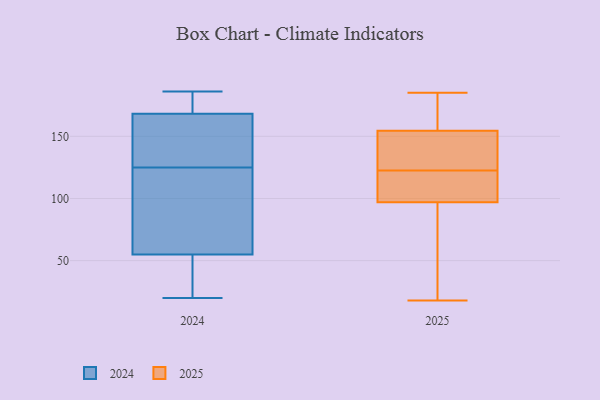
{"axis": {"x": "Temperature (°C)", "y": "Value"}, "legend": ["2024", "2025"], "data": [{"x": "", "y": 137, "type": "2024"}, {"x": "", "y": 49, "type": "2024"}, {"x": "", "y": 42, "type": "2024"}, {"x": "", "y": 174, "type": "2024"}, {"x": "", "y": 138, "type": "2024"}, {"x": "", "y": 86, "type": "2024"}, {"x": "", "y": 73, "type": "2024"}, {"x": "", "y": 176, "type": "2024"}, {"x": "", "y": 20, "type": "2024"}, {"x": "", "y": 173, "type": "2024"}, {"x": "", "y": 116, "type": "2024"}, {"x": "", "y": 183, "type": "2024"}, {"x": "", "y": 186, "type": "2024"}, {"x": "", "y": 27, "type": "2024"}, {"x": "", "y": 43, "type": "2024"}, {"x": "", "y": 125, "type": "2024"}, {"x": "", "y": 83, "type": "2024"}, {"x": "", "y": 125, "type": "2024"}, {"x": "", "y": 154, "type": "2024"}, {"x": "", "y": 123, "type": "2025"}, {"x": "", "y": 139, "type": "2025"}, {"x": "", "y": 171, "type": "2025"}, {"x": "", "y": 18, "type": "2025"}, {"x": "", "y": 130, "type": "2025"}, {"x": "", "y": 115, "type": "2025"}, {"x": "", "y": 38, "type": "2025"}, {"x": "", "y": 125, "type": "2025"}, {"x": "", "y": 115, "type": "2025"}, {"x": "", "y": 122, "type": "2025"}, {"x": "", "y": 69, "type": "2025"}, {"x": "", "y": 34, "type": "2025"}, {"x": "", "y": 121, "type": "2025"}, {"x": "", "y": 118, "type": "2025"}, {"x": "", "y": 156, "type": "2025"}, {"x": "", "y": 169, "type": "2025"}, {"x": "", "y": 161, "type": "2025"}, {"x": "", "y": 79, "type": "2025"}, {"x": "", "y": 153, "type": "2025"}, {"x": "", "y": 185, "type": "2025"}]}